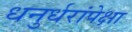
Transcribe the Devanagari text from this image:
धनुर्धरांपेक्षा